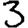
Digit: 3